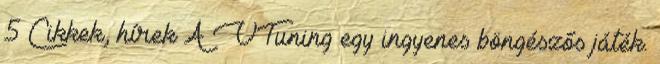
5 Cikkek, hírek A VTuning egy ingyenes böngészős játék.